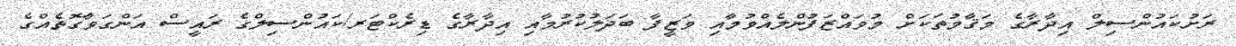
ރަށުކައުންސިލް އިދާރާގެ މަޤާމުތަކަށް މުވައްޒަފުންލެއްވުމާއި ވަޒީފާ ބަދަލުކުރުމާއި އިދާރާގެ ޑިރެކްޓަރ/ކައުންސިލްގެ ރައީސް އަންގަވާގޮތެއްގެ